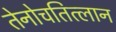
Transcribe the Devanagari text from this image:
तेनोचतित्लान